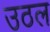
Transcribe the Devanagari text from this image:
उठल